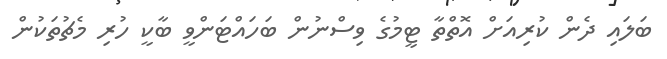
ބަލައި ދެން ކުރިއަށް އޮތްތާ ޓީމުގެ ވިސްނުން ބަހައްޓަންވީ ބާކީ ހުރި މެޗުތަކުން